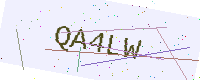
Text: QA4LW